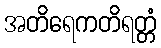
အတိရေကတိရတ္တံ